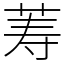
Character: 䓓